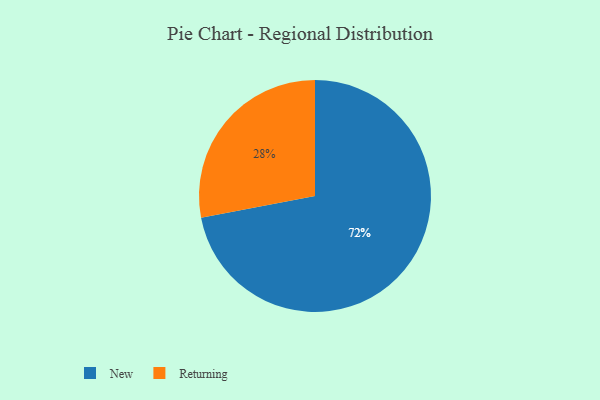
{"axis": {"x": "Category", "y": "Percentage"}, "legend": ["New", "Returning"], "data": [{"x": "Returning", "y": 28, "type": "Returning"}, {"x": "New", "y": 72, "type": "New"}]}